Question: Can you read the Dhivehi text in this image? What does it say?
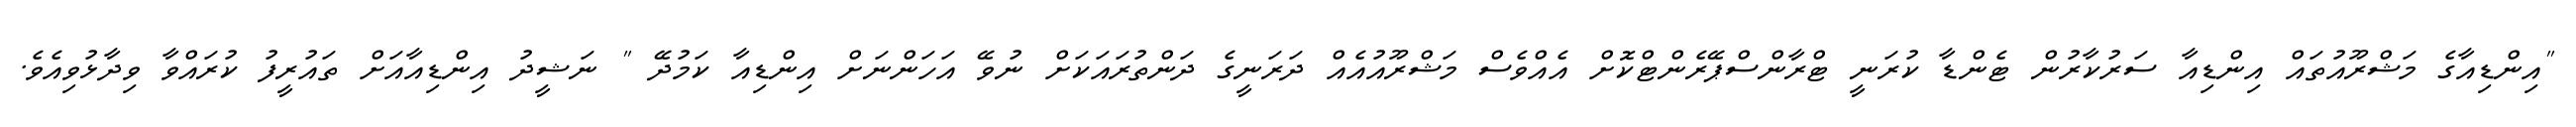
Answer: "އިންޑިއާގެ މަޝްރޫއުތައް އިންޑިއާ ސަރުކާރުން ޓެންޑާ ކުރަނީ ޓްރާންސްޕޭރެންޓްކޮށް އެއްވެސް މަޝްރޫއުއެއް ދަރަނީގެ ދަންތުރައަކަށް ނުވޭ އަހަންނަށް އިންޑިއާ ކަމުދޭ " ނަޝީދު އިންޑިއާއަށް ތައުރީފު ކުރައްވާ ވިދާޅުވިއެވެ.